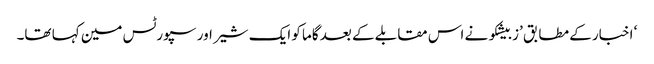
‘ اخبار کے مطابق ’زبیشکو نے اس مقابلے کے بعد گاما کو ایک شیر اور سپورٹس مین کہا تھا۔